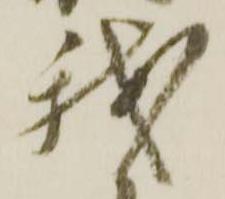
我